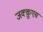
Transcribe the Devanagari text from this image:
जक्क़ुएस